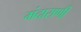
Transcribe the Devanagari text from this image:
मंदाराणी